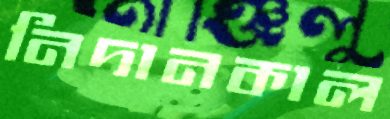
নিদানকাল